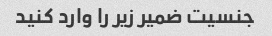
جنسیت ضمیر زیر را وارد کنید